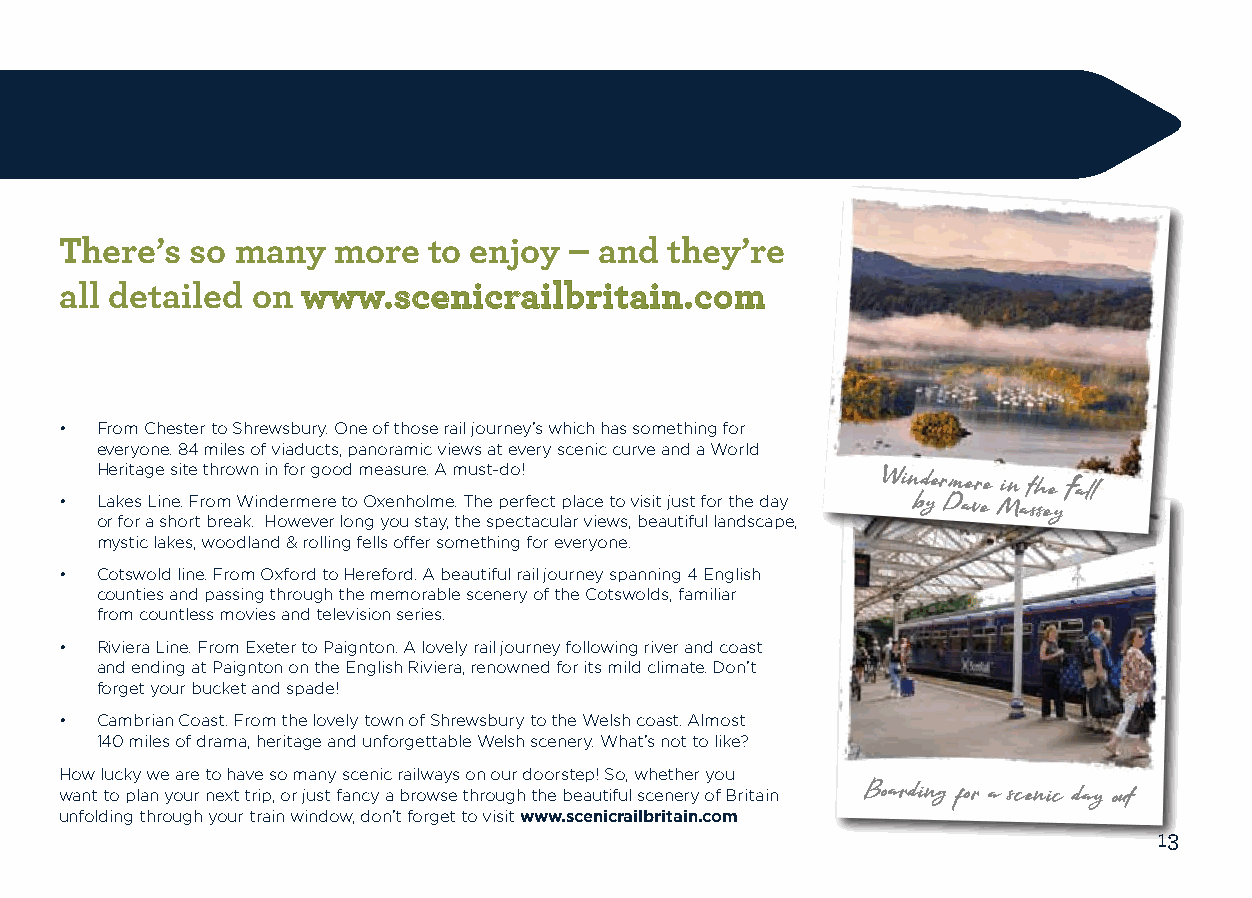
There’s  so many  more  to enjoy  – and they’re
 all detailed on www.scenicrailbritain.com
 • From Chester to Shrewsbury. One of those rail journey’s which has something for
 everyone. 84 miles of viaducts, panoramic views at every scenic curve and a World
 Heritage site thrown in for good measure. A must-do!
 Windermere
 in the Fall
 • Lakes Line. From Windermere to Oxenholme. The perfect place to visit just for the day by Dave Massey
 or for a short break. However long you stay, the spectacular views, beautiful landscape,
 mystic lakes, woodland & rolling fells offer something for everyone.
 • Cotswold line. From Oxford to Hereford. A beautiful rail journey spanning 4 English
 counties and passing through the memorable scenery of the Cotswolds, familiar
 from countless movies and television series.
 • Riviera Line. From Exeter to Paignton. A lovely rail journey following river and coast
 and ending at Paignton on the English Riviera, renowned for its mild climate. Don’t
 forget your bucket and spade!
 • Cambrian Coast. From the lovely town of Shrewsbury to the Welsh coast. Almost
 140 miles of drama, heritage and unforgettable Welsh scenery. What’s not to like?
 How lucky we are to have so many scenic railways on our doorstep! So, whether you
 want to plan your next trip, or just fancy a browse through the beautiful scenery of Britain Boarding for a scenic day out
 unfolding through your train window, don’t forget to visit www.scenicrailbritain.com
 13